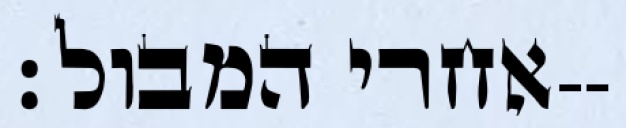
אחרי המבול׃--